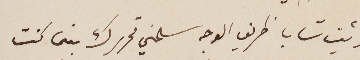
رأيت شابا ظريف الوجه سلمني تحريرك بينما كنت